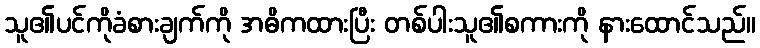
သူ၏ပင်ကိုခံစားချက်ကို အဓိကထားပြီး တစ်ပါးသူ၏စကားကို နားထောင်သည်။